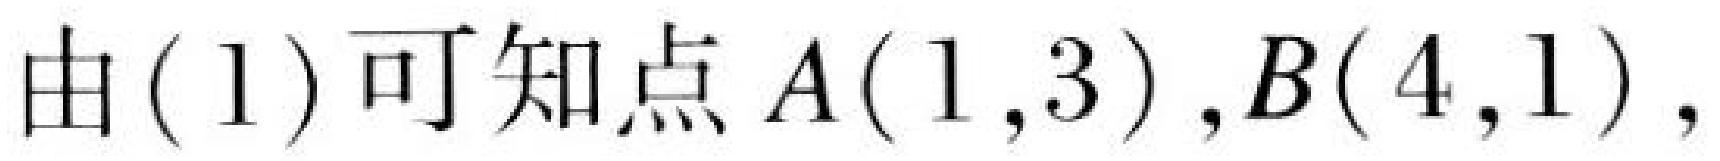
由\((1)\)可知点\(A(1,3),B(4,1),\)